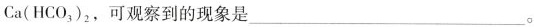
Ca(HCO_{3})_{2}，可观察到的现象是___。